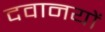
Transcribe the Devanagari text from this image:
दवानयों